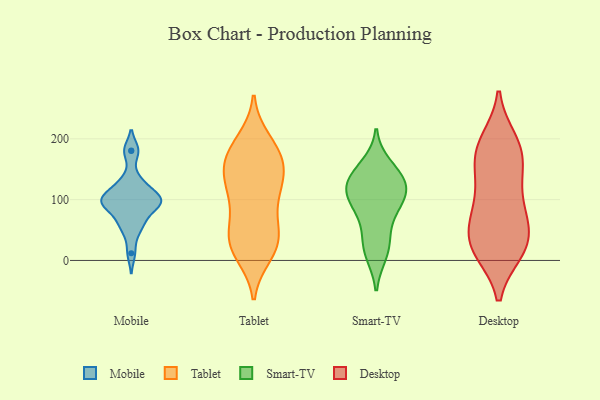
{"axis": {"x": "Website Visitors", "y": "Value"}, "legend": ["Desktop", "Mobile", "Smart-TV", "Tablet"], "data": [{"x": "", "y": 93, "type": "Mobile"}, {"x": "", "y": 181, "type": "Mobile"}, {"x": "", "y": 102, "type": "Mobile"}, {"x": "", "y": 133, "type": "Mobile"}, {"x": "", "y": 62, "type": "Mobile"}, {"x": "", "y": 104, "type": "Mobile"}, {"x": "", "y": 107, "type": "Mobile"}, {"x": "", "y": 127, "type": "Mobile"}, {"x": "", "y": 91, "type": "Mobile"}, {"x": "", "y": 62, "type": "Mobile"}, {"x": "", "y": 180, "type": "Mobile"}, {"x": "", "y": 47, "type": "Mobile"}, {"x": "", "y": 83, "type": "Mobile"}, {"x": "", "y": 12, "type": "Mobile"}, {"x": "", "y": 93, "type": "Mobile"}, {"x": "", "y": 111, "type": "Mobile"}, {"x": "", "y": 95, "type": "Mobile"}, {"x": "", "y": 128, "type": "Tablet"}, {"x": "", "y": 155, "type": "Tablet"}, {"x": "", "y": 117, "type": "Tablet"}, {"x": "", "y": 102, "type": "Tablet"}, {"x": "", "y": 88, "type": "Tablet"}, {"x": "", "y": 11, "type": "Tablet"}, {"x": "", "y": 184, "type": "Tablet"}, {"x": "", "y": 23, "type": "Tablet"}, {"x": "", "y": 173, "type": "Tablet"}, {"x": "", "y": 160, "type": "Tablet"}, {"x": "", "y": 179, "type": "Tablet"}, {"x": "", "y": 128, "type": "Tablet"}, {"x": "", "y": 19, "type": "Tablet"}, {"x": "", "y": 146, "type": "Tablet"}, {"x": "", "y": 31, "type": "Tablet"}, {"x": "", "y": 43, "type": "Tablet"}, {"x": "", "y": 57, "type": "Tablet"}, {"x": "", "y": 196, "type": "Tablet"}, {"x": "", "y": 36, "type": "Tablet"}, {"x": "", "y": 122, "type": "Smart-TV"}, {"x": "", "y": 138, "type": "Smart-TV"}, {"x": "", "y": 85, "type": "Smart-TV"}, {"x": "", "y": 109, "type": "Smart-TV"}, {"x": "", "y": 40, "type": "Smart-TV"}, {"x": "", "y": 129, "type": "Smart-TV"}, {"x": "", "y": 132, "type": "Smart-TV"}, {"x": "", "y": 155, "type": "Smart-TV"}, {"x": "", "y": 101, "type": "Smart-TV"}, {"x": "", "y": 87, "type": "Smart-TV"}, {"x": "", "y": 20, "type": "Smart-TV"}, {"x": "", "y": 12, "type": "Smart-TV"}, {"x": "", "y": 15, "type": "Desktop"}, {"x": "", "y": 197, "type": "Desktop"}, {"x": "", "y": 151, "type": "Desktop"}, {"x": "", "y": 61, "type": "Desktop"}, {"x": "", "y": 21, "type": "Desktop"}, {"x": "", "y": 192, "type": "Desktop"}, {"x": "", "y": 19, "type": "Desktop"}, {"x": "", "y": 180, "type": "Desktop"}, {"x": "", "y": 21, "type": "Desktop"}, {"x": "", "y": 80, "type": "Desktop"}, {"x": "", "y": 48, "type": "Desktop"}, {"x": "", "y": 114, "type": "Desktop"}, {"x": "", "y": 160, "type": "Desktop"}, {"x": "", "y": 133, "type": "Desktop"}, {"x": "", "y": 17, "type": "Desktop"}, {"x": "", "y": 85, "type": "Desktop"}, {"x": "", "y": 186, "type": "Desktop"}, {"x": "", "y": 62, "type": "Desktop"}]}